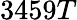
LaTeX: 3459T